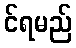
င်ရမည်